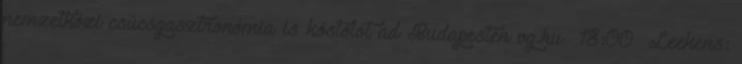
nemzetközi csúcsgasztronómia is kóstolót ad Budapesten vg.hu 18:00 Leekens: